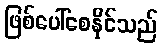
ဖြစ်ပေါ်စေနိုင်သည်